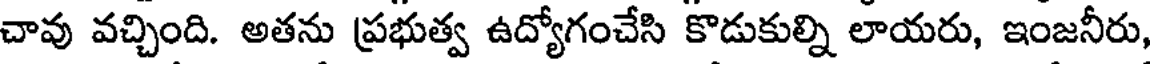
చావు వచ్చింది. అతను ప్రభుత్వ ఉద్యోగంచేసి కొడుకుల్ని లాయరు, ఇంజనీరు,